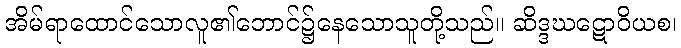
အိမ်ရာထောင်သောလူ၏ဘောင်၌နေသောသူတို့သည်။ ဆိဒ္ဒဃဋောဝိယစ၊